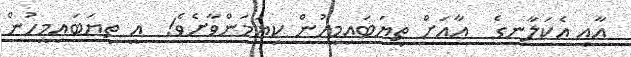
އާއި އެކަލާނގެ  އާއަށް ތިޔަބައިމީހުން ކިޔަމަންވާށެވެ!  އީ ތިޔަބައިމީހުން